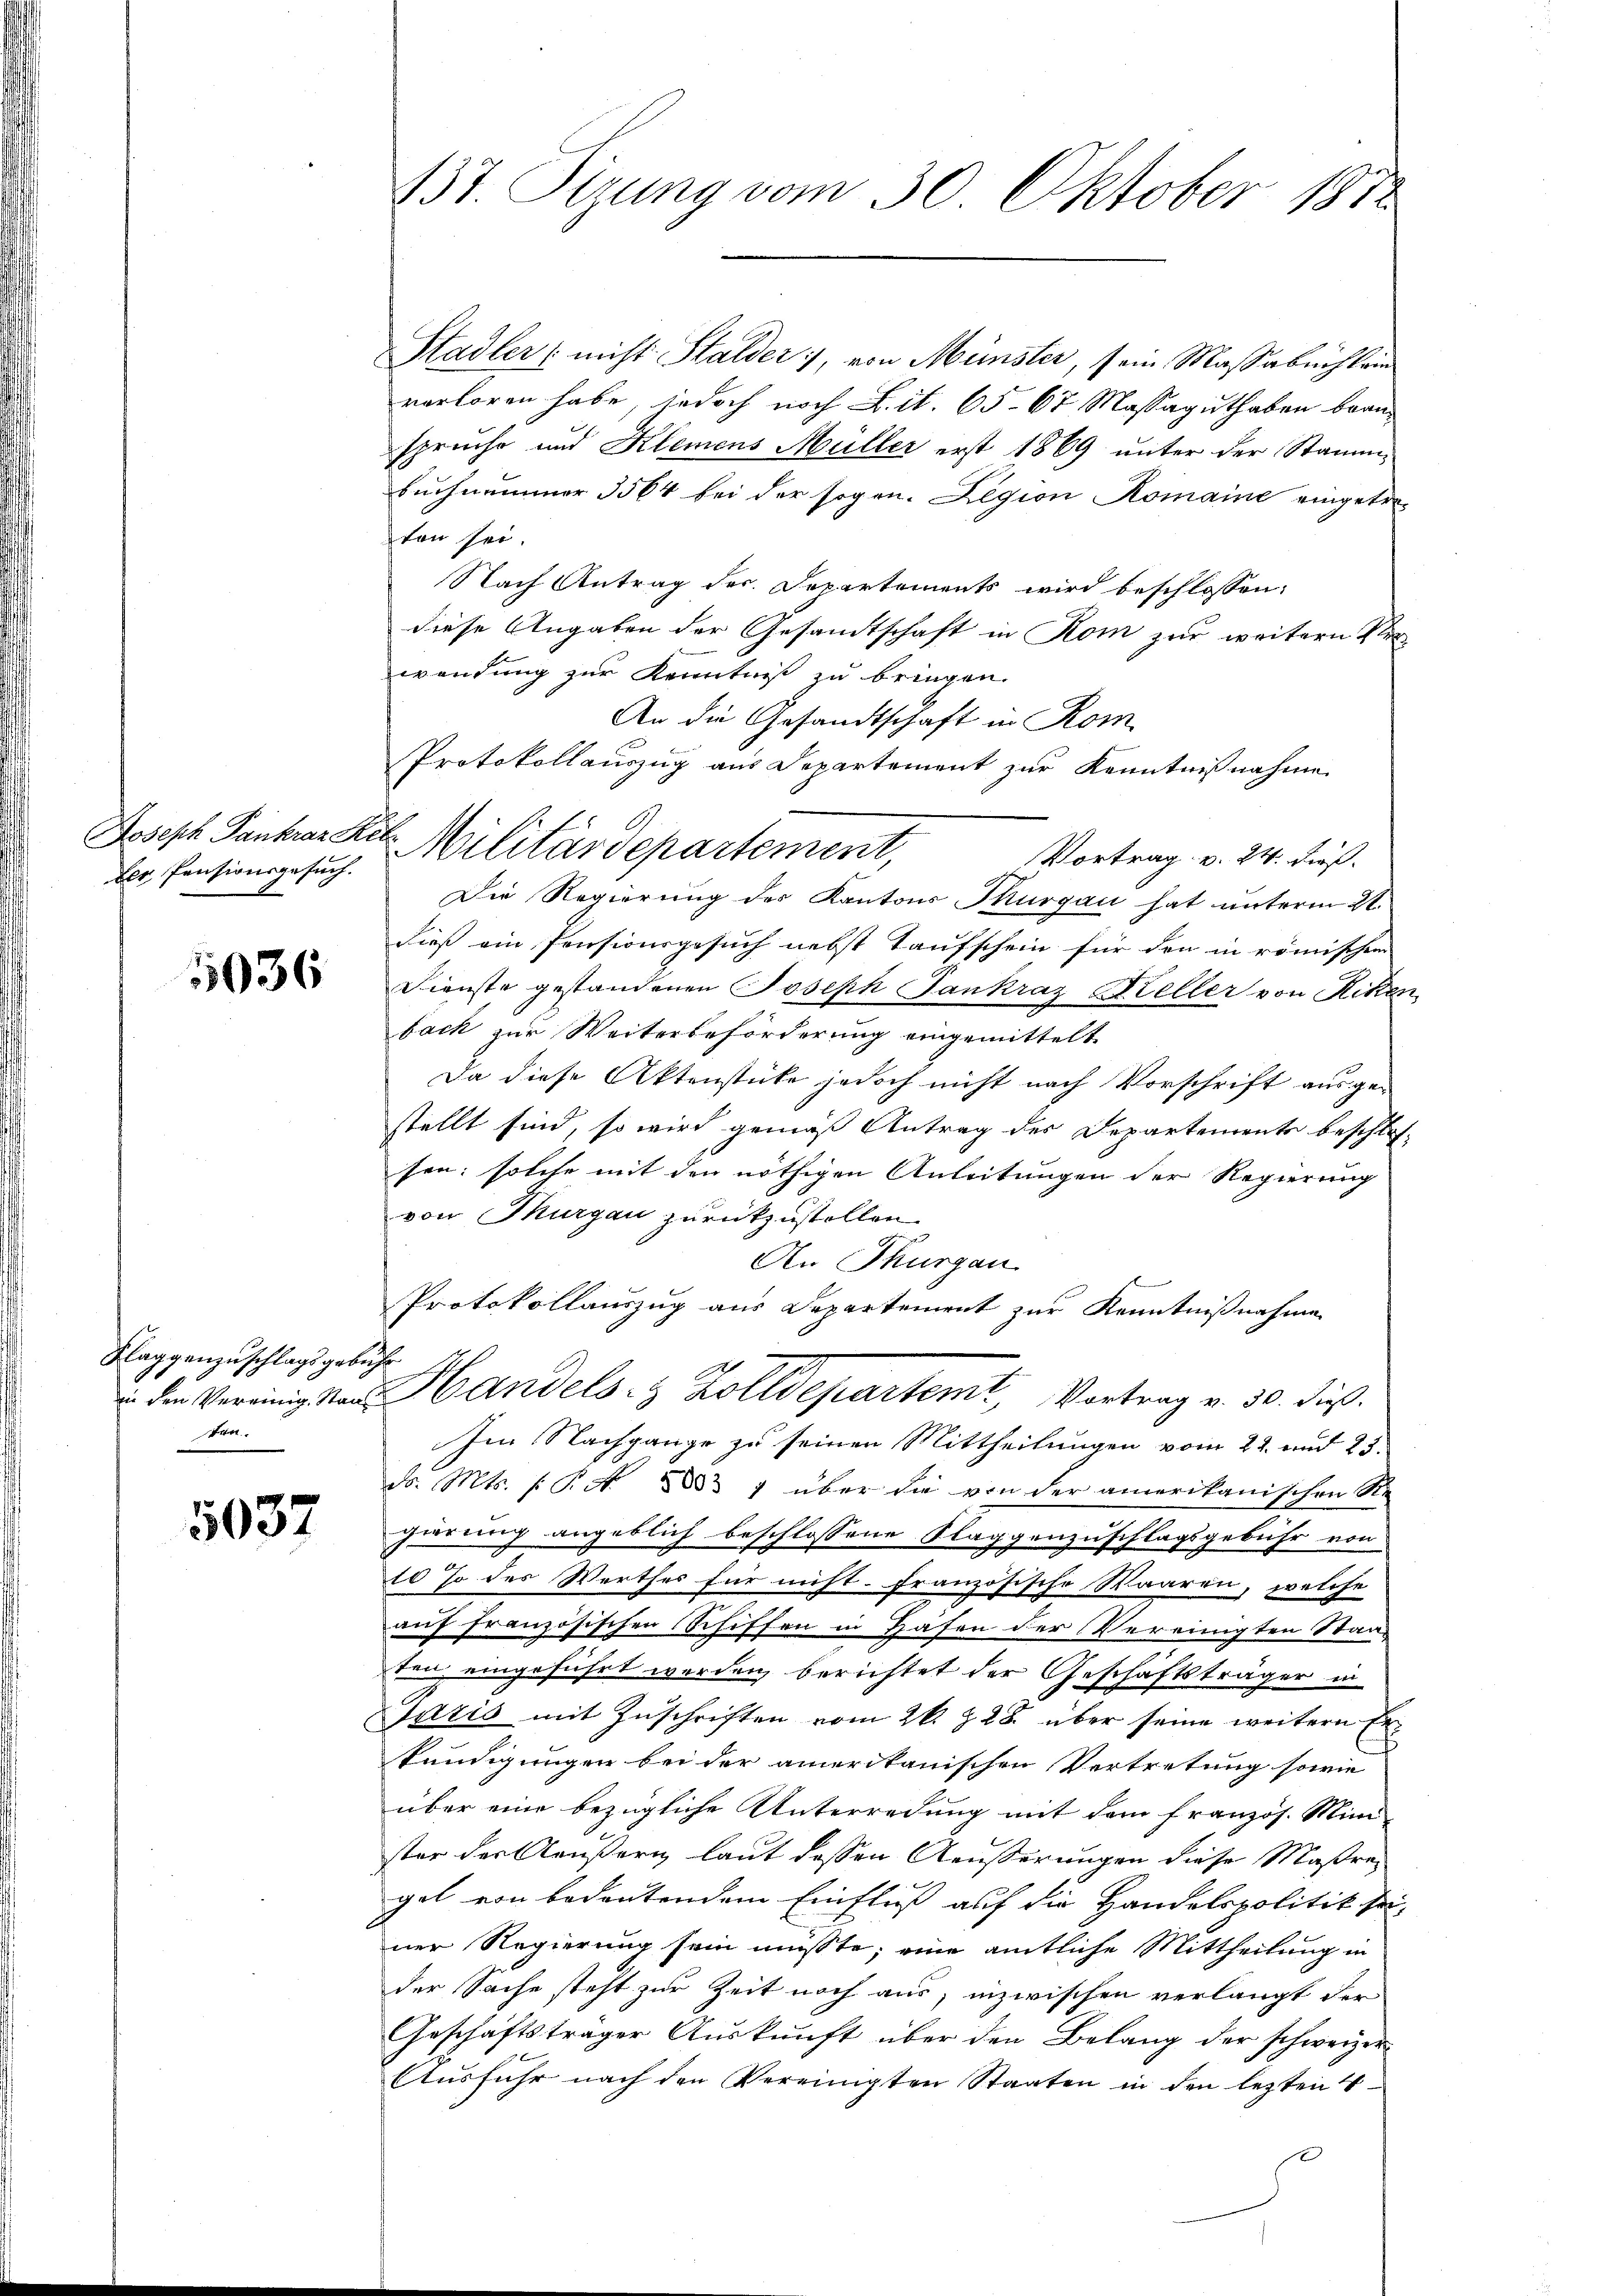
ber, Penzionsgesuch.

5036

Klaggenzuschlagsgebühr
ten.

5037

Stadler (nicht Stalder, von Münster, sein Massabuchlein
verloren habe, jedoch noch Lit. 65. 67 Massaguthaben bransprache und Klemens Müller erst 1869 unter der Stamm-
buchnummer 1564 bei der sogen. Legion Komaine eingetreten sei.
Nach Antrag der Departements wird beschlossen:
diese Angaben der Gesandtschaft in Rom zur weitern Ver-
wendung zur Kenntniß zu bringen.
An die Gesandtschaft in Rom
Vortrag v. 24. dieß.
Die Regierung des Kantons Thurgau hat unterm 21.
dieß ein Pensionsgesuch nebst Taufschein für den in römischen
Dienste gestandenen Joseph Pankraz Keller von Riken,
bach zur Weiterbeförderung eingemittelt.
Da diese Aktenstücke jedoch nicht nach Vorschrift ausgestellt sind, so wird gemäß Antrag des Departements beschlos
sen; solche mit den nöthigen Anleitungen der Regierung
von Thurgau zurückzustellen.
An Thurgau.
s
Protokollauszug aus Departement zur Kenntnißnahmen
 den Vereinigsten Handels- & Zolldepartemit, Vortrag v. 30. dieß.
Im Nachgange zu seinen Mittheilungen vom 22. und 25.
dr. Mts. s. S. 1883 7 über die von der amerikanischen Re
gierung angeblich beschlossene Klaggenzuschlagsgebühr von
10 so des Werthes für nicht französische Waaren, welche
auf französischen Schiffen in Hafen der Vereinigten Staaten eingeführt werden, berichtet der Geschäftsträger in
Jaris mit Zuschriften vom 26. Z. 28. über seine weitern Erkündigungen bei der amerikanischen Vertretung sowie
über eine bezügliche Unterredung mit dem französ. Minister der Aeußern, laut dessen Aeußerungen diese Maßreget von bedeutendem Einfluß auf die Handelspolitik sei
ner Regierung sein müsste, eine amtliche Mittheilung in
der Sache steht zur Zeit noch aus; inzwischen verlangt der
Geschäftsträger Auskunft über den Belang der schweizer
Ausfuhr nach den Vereinigten Staaten in den lezten 4
.

B3t. Sizung vom 30. Oktober 1872

Protokollauszug aus Departement zur Kenntnißnahme
Joseph Pantrar Kel Militärdepartement,